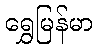
ရွှေမြန်မာ